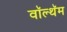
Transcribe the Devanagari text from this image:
वॉल्थॅम